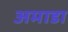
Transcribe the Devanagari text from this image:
अमाडा